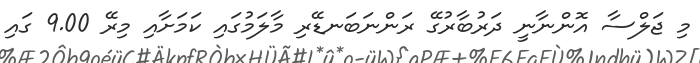
މި ޖަލްސާ އޮންނާނީ ދަރުބާރުގޭ ރަންނަބަނޑޭރި މާލަމުގައި ކަމަށާއި މިރޭ 9.00 ގައި